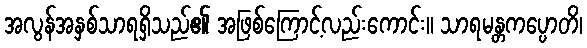
အလွန်အနှစ်သာရရှိသည်၏ အဖြစ်ကြောင့်လည်းကောင်း။ သာရမန္တကပ္ပောတိ၊